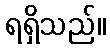
ရရှိသည်။